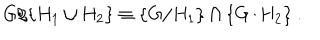
LaTeX: G / \{ H _ { 1 } \cup H _ { 2 } \} \equiv \{ G / H _ { 1 } \} \cap \{ G / H _ { 2 } \} ~ . ~ \,